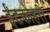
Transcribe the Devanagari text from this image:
ईंटकोहरी